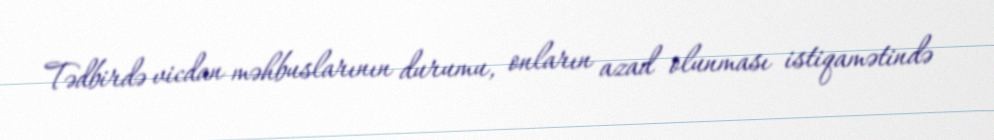
Tədbirdə vicdan məhbuslarının durumu, onların azad olunması istiqamətində